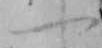
一